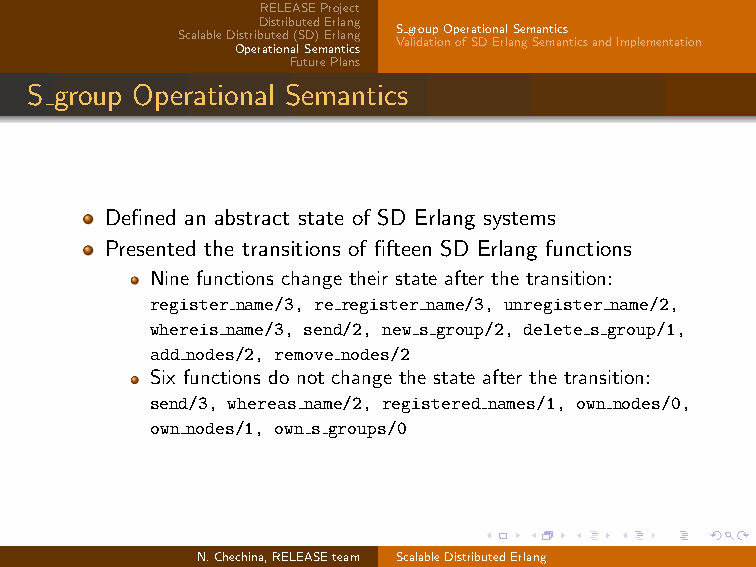
RELEASEProject
 DistributedErlang
 SgroupOperationalSemantics
 ScalableDistributed(SD)Erlang
 ValidationofSDErlangSemanticsandImplementation
 OperationalSemantics
 FuturePlans
 S group Operational Semantics
 Defined an abstract state of SD Erlang systems
 Presented the transitions of fifteen SD Erlang functions
 Nine functions change their state after the transition:
 register name/3, re register name/3, unregister name/2,
 whereis name/3, send/2, new s group/2, delete s group/1,
 add nodes/2, remove nodes/2
 Six functions do not change the state after the transition:
 send/3, whereas name/2, registered names/1, own nodes/0,
 own nodes/1, own s groups/0
 N.Chechina,RELEASEteam ScalableDistributedErlang